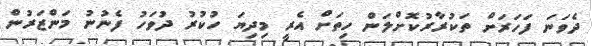
ދެވަނަ ފަހަރަށް ތަކުރާރުކޮށްލަން ހިތަށް އެރީ މިދިޔަ ހުކުރު ދުވަހު ފެނުނު މަންޒަރުން